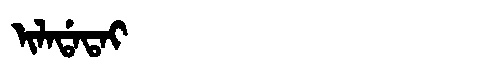
Manchu: ᡳᠯᠠᡩᠠᡨᠠᡳ
Romanization: ILADATAI